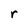
Character: r